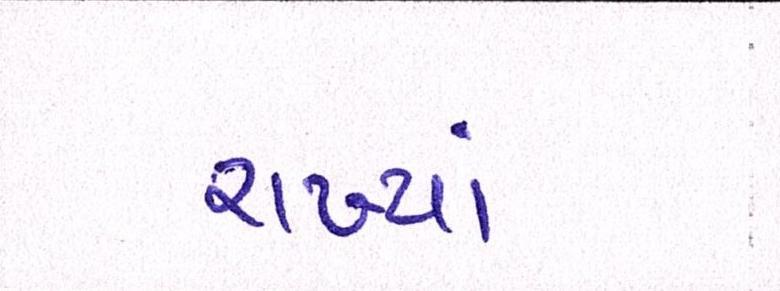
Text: રાખ્યાં